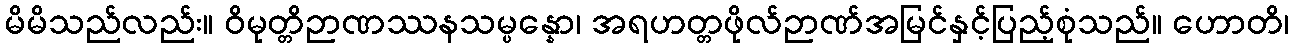
မိမိသည်လည်း။ ဝိမုတ္တိဉာဏဿနသမ္ပန္နော၊ အရဟတ္တဖိုလ်ဉာဏ်အမြင်နှင့်ပြည့်စုံသည်။ ဟောတိ၊